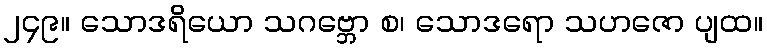
၂၄၉။ သောဒရိယော သဂဗ္ဘော စ၊ သောဒရော သဟဇော ပျထ။